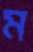
ম